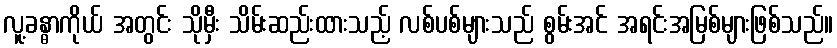
လူ့ခန္ဓာကိုယ် အတွင်း သိုမှီး သိမ်းဆည်းထားသည့် လစ်ပစ်များသည် စွမ်းအင် အရင်းအမြစ်များဖြစ်သည်။